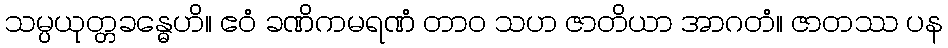
သမ္ပယုတ္တခန္ဓေဟိ။ ဧဝံ ခဏိကမရဏံ တာဝ သဟ ဇာတိယာ အာဂတံ။ ဇာတဿ ပန